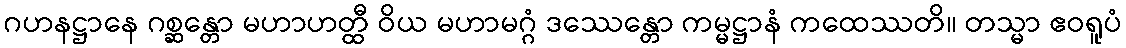
ဂဟနဋ္ဌာနေ ဂစ္ဆန္တော မဟာဟတ္ထီ ဝိယ မဟာမဂ္ဂံ ဒဿေန္တော ကမ္မဋ္ဌာနံ ကထေဿတိ။ တသ္မာ ဧဝရူပံ